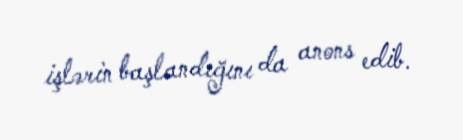
işlərin başlandığını da anons edib.